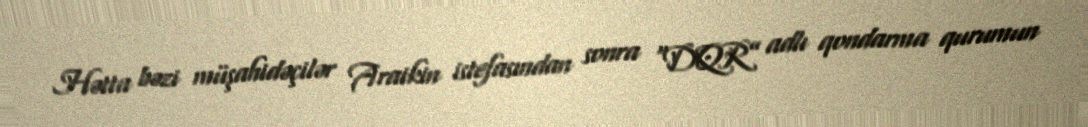
Hətta bəzi müşahidəçilər Araikin istefasından sonra “DQR” adlı qondarma qurumun